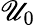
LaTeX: \mathscr{U}_{0}